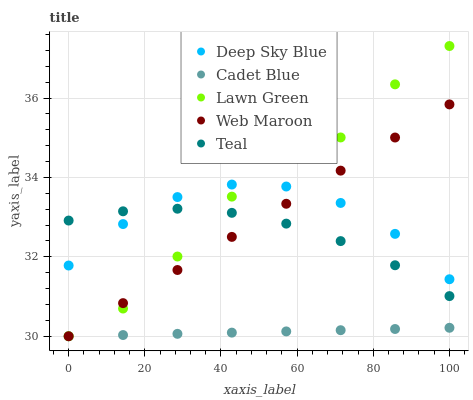
| xaxis_label | Deep Sky Blue | Cadet Blue | Lawn Green | Web Maroon | Teal |
 | --- | --- | --- | --- | --- | --- |
 | 0 | 31.8 | 30 | 30 | 30 | 32.9 |
 | 14.3 | 32.8 | 30 | 30.7 | 30.8 | 33.1 |
 | 28.6 | 33.5 | 30.1 | 32 | 31.7 | 33.2 |
 | 42.9 | 33.8 | 30.1 | 33.5 | 32.5 | 33.1 |
 | 57.1 | 33.8 | 30.1 | 34.6 | 33.3 | 32.8 |
 | 71.4 | 33.4 | 30.2 | 35 | 34.2 | 32.4 |
 | 85.7 | 32.6 | 30.2 | 36.3 | 35 | 31.8 |
 | 100 | 31.4 | 30.2 | 37.3 | 35.8 | 31 |